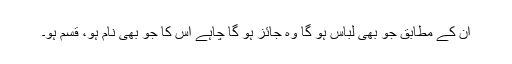
ان کے مطابق جو بھی لباس ہو گا وہ جائز ہو گا چاہے اس کا جو بھی نام ہو، قسم ہو۔